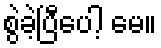
စွဲခဲ့ပြီပေါ့ မေ။